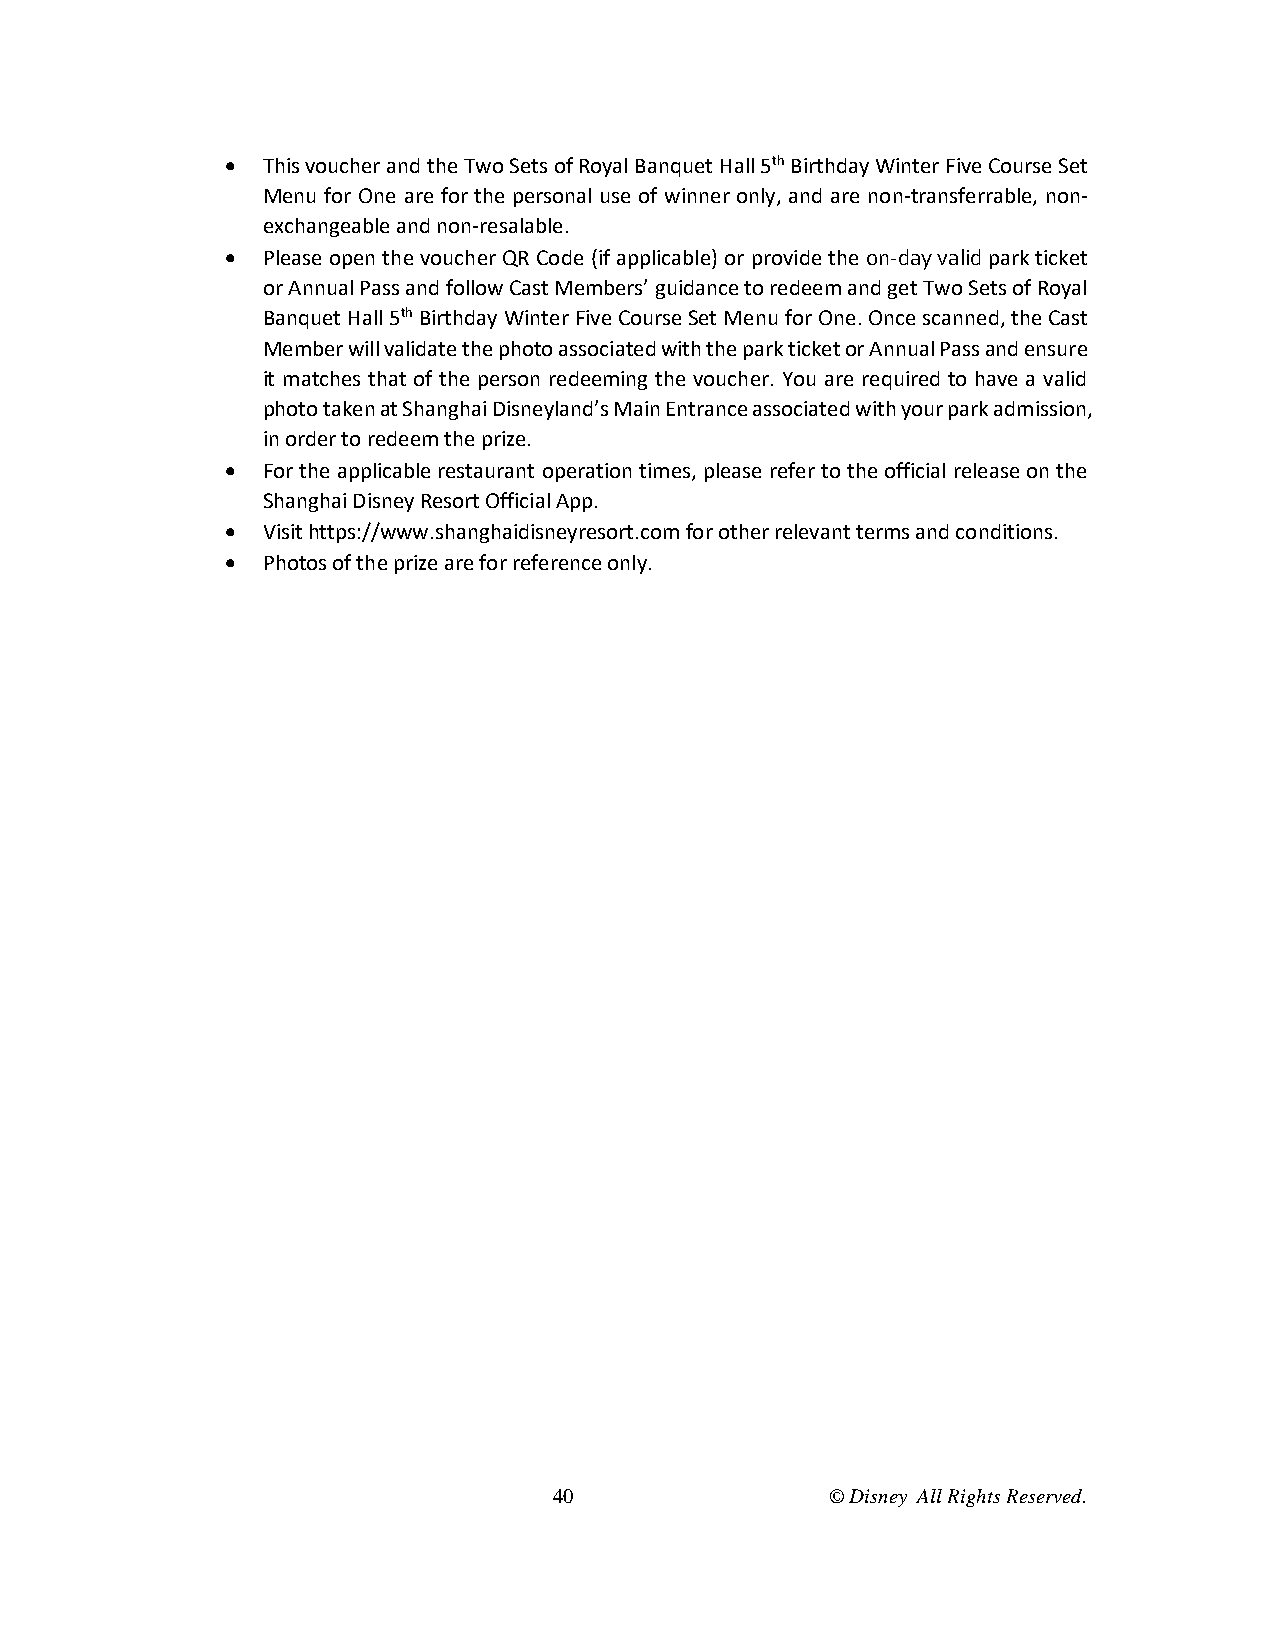
 This voucher and the Two Sets of Royal Banquet Hall 5th Birthday Winter Five Course Set
 Menu for One are for the personal use of winner only, and are non-transferrable, non-
 exchangeable and non-resalable.
  Please open the voucher QR Code (if applicable) or provide the on-day valid park ticket
 or Annual Pass and follow Cast Members’ guidance to redeem and get Two Sets of Royal
 Banquet Hall 5th Birthday Winter Five Course Set Menu for One. Once scanned, the Cast
 Member will validate the photo associated with the park ticket or Annual Pass and ensure
 it matches that of the person redeeming the voucher. You are required to have a valid
 photo taken at Shanghai Disneyland’s Main Entrance associated with your park admission,
 in order to redeem the prize.
  For the applicable restaurant operation times, please refer to the official release on the
 Shanghai Disney Resort Official App.
  Visit https://www.shanghaidisneyresort.com for other relevant terms and conditions.
  Photos of the prize are for reference only.
 40                © Disney All Rights Reserved.